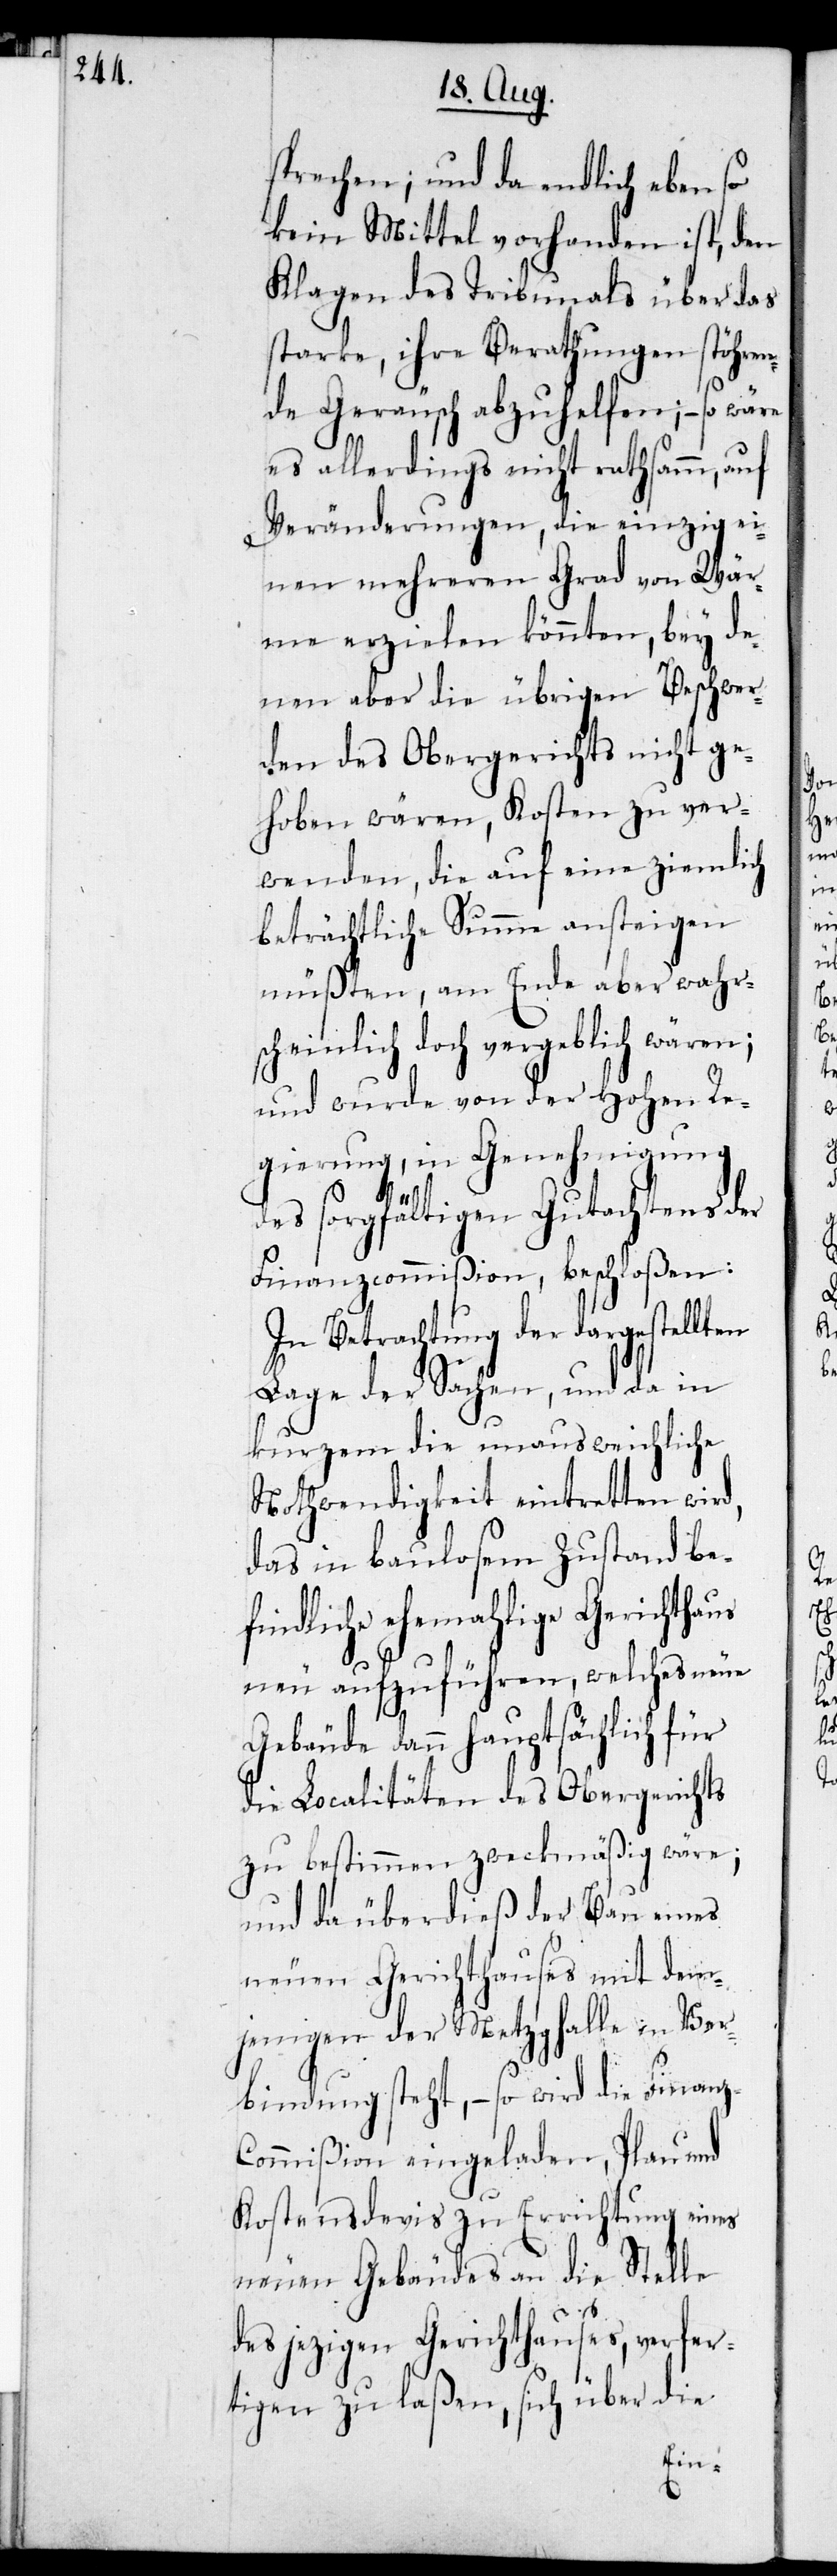
sprechen; und da endlich ebenso
kein Mittel vorhanden ist, den
Klagen des Tribunals über das
starke, ihre Berathungen stöhren¬
de Geräusch abzuhelfen; – so
es allerdings nicht rathsamm, auf
Veränderungen, die einzig ei¬
nen mehreren Grad von Wär¬
me erzielen könnten, bey de¬
nen aber die übrigen Beschwer¬
den des Obergerichts nicht ge¬
hoben wären, Kosten zu ver¬
wenden, die auf eine ziemlich
beträchtliche Summe ansteigen
müßten, am Ende aber wahrs¬
cheinlich doch vergeblich wären;
und wurde von der Hohen Re¬
gierung, in Genehmigung
des sorgfältigen Gutachtens der
Finanzcommißion, beschloßen:
In Betrachtung der dargestellten
Lage der Sachen, und da in
kurzem die unausweichliche
Nothwendigkeit eintretten wird,
das in baulosem Zustand be¬
findliche ehemahlige Gerichts¬
neu aufzuführen, welches neue
Gebäude dann hauptsächlich für
die Lokcalitäten des Obergerichts
zu bestimmen zweckmäßig wäre;
und da überdieß der Bau eines
neuen Gerichtshauses mit dem¬
jenigen der Metzghalle in Ver¬
bindung steht, – so wird die Finan¬
ommißion eingeladen, Plan und
Kostensdevis zu Errichtung eines
neuen Gebäudes an die Stelle
des jezigen Gerichtshauses, verfer¬
tigen zu laßen, sich über die
z-C¬